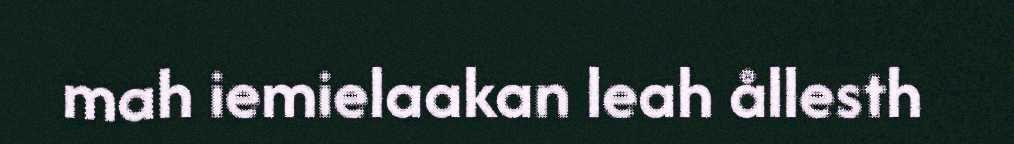
mah iemielaakan leah ållesth